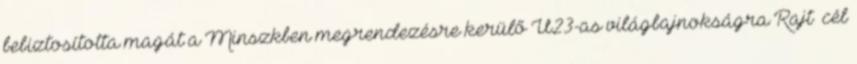
bebiztosította magát a Minszkben megrendezésre kerülő U23-as világbajnokságra Rajt cél